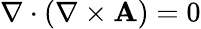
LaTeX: \nabla\cdot(\nabla\times\mathbf{A})=0